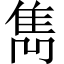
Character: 雋